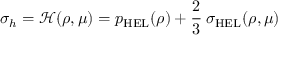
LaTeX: \sigma _ { h } = { \mathcal { H } } ( \rho , \mu ) = p _ { \mathrm { { H E L } } } ( \rho ) + { \cfrac { 2 } { 3 } } ~ \sigma _ { \mathrm { { H E L } } } ( \rho , \mu )